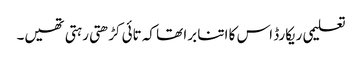
تعلیمی ریکارڈ اس کا اتنا برا تھا کہ تائی کڑھتی رہتی تھیں۔